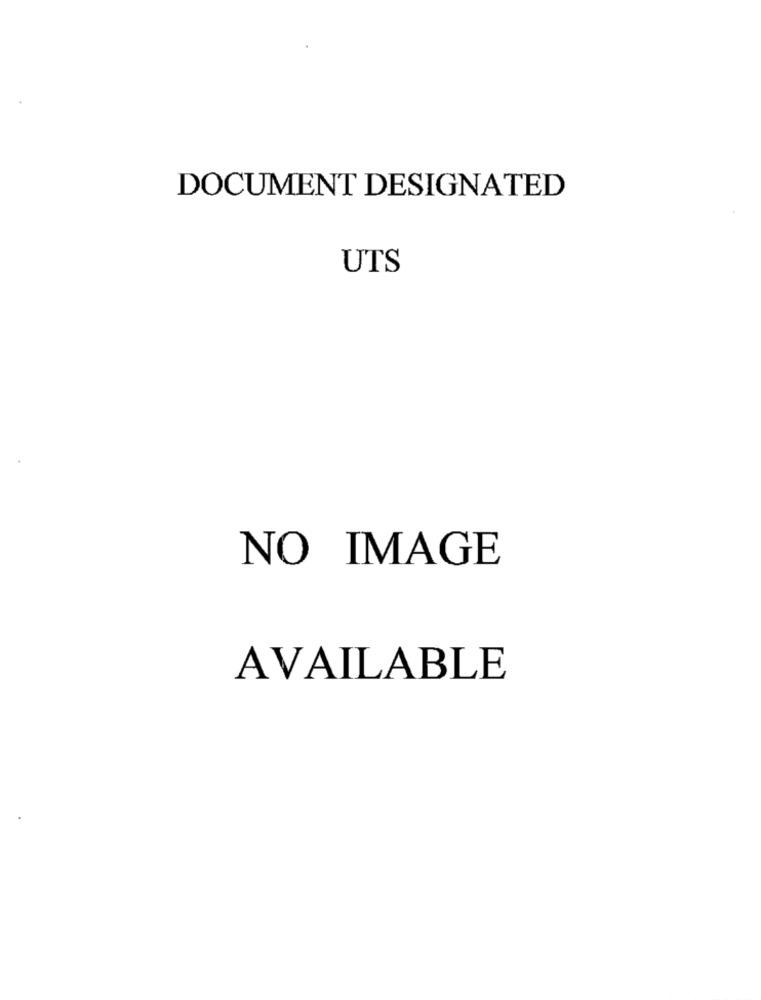
DOCUMENT DESIGNATED
UTS
NO IMAGE
AVAILABLE